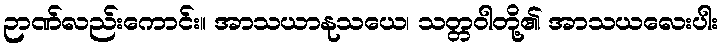
ဉာဏ်လည်းကောင်း။ အာသယာနုသယေ၊ သတ္တဝါတို့၏ အာသယလေးပါး